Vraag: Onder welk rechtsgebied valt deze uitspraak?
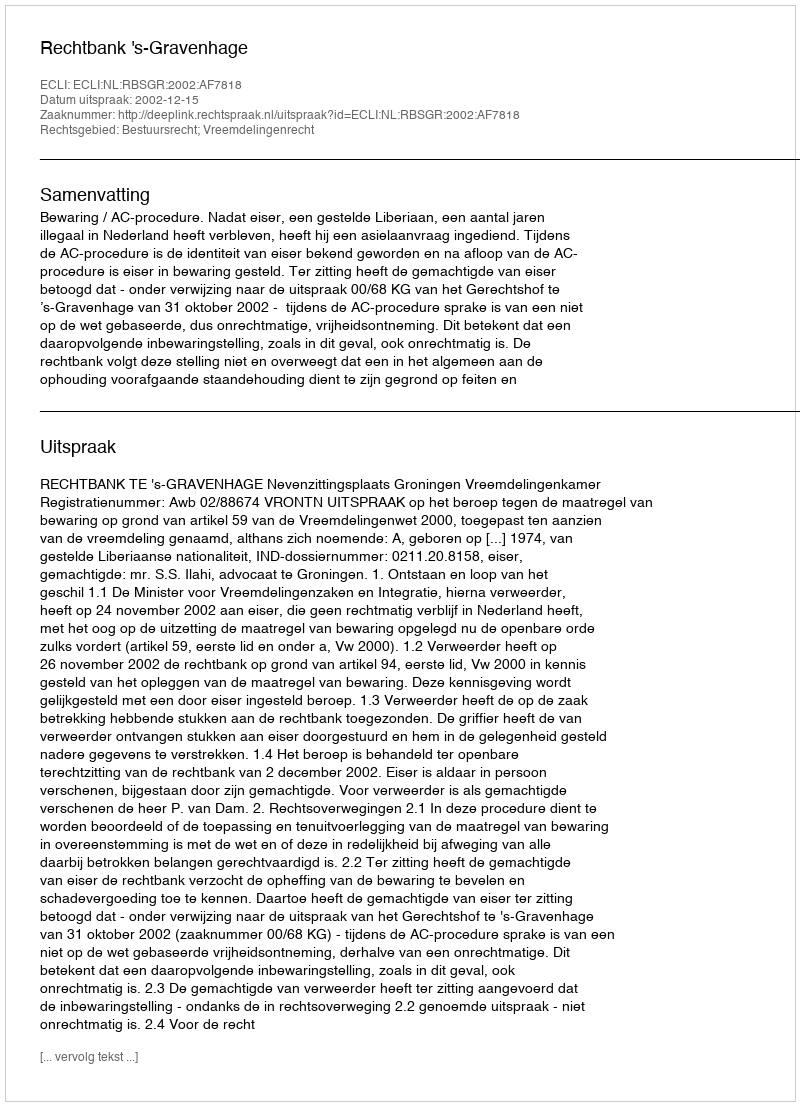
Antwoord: Bestuursrecht; Vreemdelingenrecht